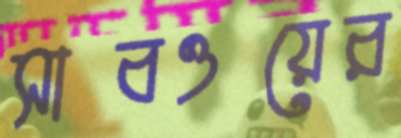
সাবওয়ের